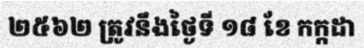
២៥៦២ ត្រូវនឹងថ្ងៃទី ១៨ ខែ កក្កដា